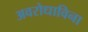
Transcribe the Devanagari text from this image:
अवरोधाविना